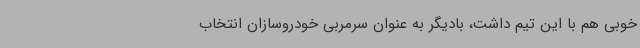
خوبی هم با این تیم داشت، بادیگر به عنوان سرمربی خودروسازان انتخاب